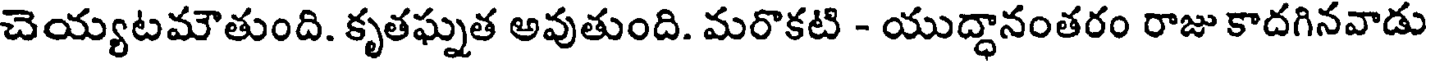
చెయ్యటమౌతుంది. కృతఘ్నత అవుతుంది. మరొకటి - యుద్ధానంతరం రాజు కాదగినవాడు